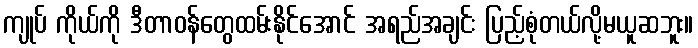
ကျုပ် ကိုယ်ကို ဒီတာဝန်တွေထမ်းနိုင်အောင် အရည်အချင်း ပြည့်စုံတယ်လို့မယူဆဘူး။